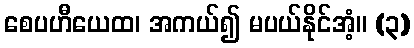
စေပဟီယေထ၊ အကယ်၍ မပယ်နိုင်အံ့။ (၃)